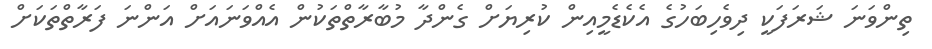
ތިންވަނަ ޝަރަފަކީ ދިވެހިބަހުގެ އެކެޑެމީއިން ކުރިޔަށް ގެންދާ މުބާރާތްތަކުން އެއްވަނައަށް އަންނަ ފަރާތްތަކަށް